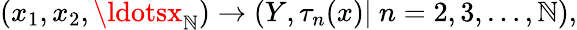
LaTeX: (x_{1},x_{2},\ldotsx_{\mathbb{N}})\rightarrow(Y,\tau_{n}(x)|\ n=2,3,\ldots,\mathbb{N}),